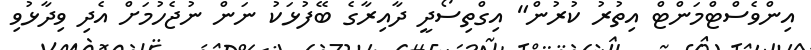
އިންވެސްޓްމަންޓް އިތުރު ކުރުން" އިގްތިސޯދީ ދާއިރާގެ ބޭފުޅަކު ނަން ނުޖެހުމަށް އެދި ވިދާޅުވި